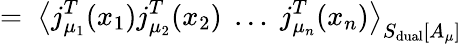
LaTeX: =\; \left\langle j_{\mu_{1}}^{T}(x_{1})j_{\mu_{2}}^{T}(x_{2})\; \ldots\; j_{\mu_{n}}^{T}(x_{n})\right\rangle_{S_{\mathrm{dual}}[A_{\mu}]}\;